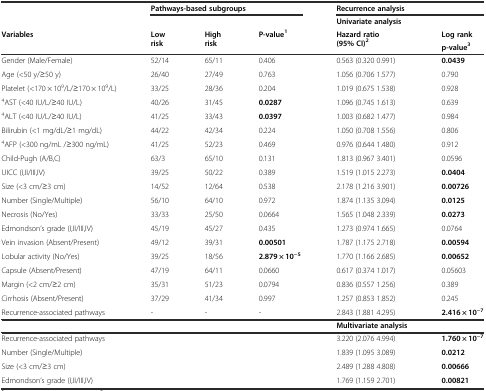
<table><thead><tr><td></td><td colspan="3"><b>Pathways-based subgroups</b></td><td colspan="2"><b>Recurrence analysis</b></td></tr><tr><td></td><td></td><td></td><td></td><td><b>Univariate analysis</b></td><td></td></tr><tr><td rowspan="2"><b>Variables</b></td><td rowspan="2"><b>Low risk</b></td><td rowspan="2"><b>High risk</b></td><td rowspan="2"><b>P-value<sup>1</sup></b></td><td rowspan="2"><b>Hazard ratio (95% CI)<sup>2</sup></b></td><td><b>Log rank</b></td></tr><tr><td><b>p-value<sup>3</sup></b></td></tr></thead><tbody><tr><td>Gender (Male/Female)</td><td>52/14</td><td>65/11</td><td>0.406</td><td>0.563 (0.320 0.991)</td><td><b>0.0439</b></td></tr><tr><td>Age (&lt;50 y/≥50 y)</td><td>26/40</td><td>27/49</td><td>0.763</td><td>1.056 (0.706 1.577)</td><td>0.790</td></tr><tr><td>Platelet (&lt;170 × 10<sup>9</sup>/L/≥170 × 10<sup>9</sup>/L)</td><td>33/25</td><td>28/36</td><td>0.204</td><td>1.019 (0.675 1.538)</td><td>0.928</td></tr><tr><td><sup>4</sup>AST (&lt;40 IU/L/≥40 IU/L)</td><td>40/26</td><td>31/45</td><td><b>0.0287</b></td><td>1.096 (0.745 1.613)</td><td>0.639</td></tr><tr><td><sup>4</sup>ALT (&lt;40 IU/L/≥40 IU/L)</td><td>41/25</td><td>33/43</td><td><b>0.0397</b></td><td>1.003 (0.682 1.477)</td><td>0.984</td></tr><tr><td>Bilirubin (&lt;1 mg/dL/≥1 mg/dL)</td><td>44/22</td><td>42/34</td><td>0.224</td><td>1.050 (0.708 1.556)</td><td>0.806</td></tr><tr><td><sup>4</sup>AFP (&lt;300 ng/mL /≥300 ng/mL)</td><td>41/25</td><td>52/23</td><td>0.469</td><td>0.976 (0.644 1.480)</td><td>0.912</td></tr><tr><td>Child-Pugh (A/B,C)</td><td>63/3</td><td>65/10</td><td>0.131</td><td>1.813 (0.967 3.401)</td><td>0.0596</td></tr><tr><td>UICC (I,II/III,IV)</td><td>39/25</td><td>50/22</td><td>0.389</td><td>1.519 (1.015 2.273)</td><td><b>0.0404</b></td></tr><tr><td>Size (&lt;3 cm/≥3 cm)</td><td>14/52</td><td>12/64</td><td>0.538</td><td>2.178 (1.216 3.901)</td><td><b>0.00726</b></td></tr><tr><td>Number (Single/Multiple)</td><td>56/10</td><td>64/10</td><td>0.972</td><td>1.874 (1.135 3.094)</td><td><b>0.0125</b></td></tr><tr><td>Necrosis (No/Yes)</td><td>33/33</td><td>25/50</td><td>0.0664</td><td>1.565 (1.048 2.339)</td><td><b>0.0273</b></td></tr><tr><td>Edmondson’s grade (I,II/III,IV)</td><td>45/19</td><td>45/27</td><td>0.435</td><td>1.273 (0.974 1.665)</td><td>0.0764</td></tr><tr><td>Vein invasion (Absent/Present)</td><td>49/12</td><td>39/31</td><td><b>0.00501</b></td><td>1.787 (1.175 2.718)</td><td><b>0.00594</b></td></tr><tr><td>Lobular activity (No/Yes)</td><td>39/25</td><td>18/56</td><td><b>2.879 × 10</b><sup><b>−5</b></sup></td><td>1.770 (1.166 2.685)</td><td><b>0.00652</b></td></tr><tr><td>Capsule (Absent/Present)</td><td>47/19</td><td>64/11</td><td>0.0660</td><td>0.617 (0.374 1.017)</td><td>0.05603</td></tr><tr><td>Margin (&lt;2 cm/≥2 cm)</td><td>35/31</td><td>51/23</td><td>0.0794</td><td>0.836 (0.557 1.256)</td><td>0.389</td></tr><tr><td>Cirrhosis (Absent/Present)</td><td>37/29</td><td>41/34</td><td>0.997</td><td>1.257 (0.853 1.852)</td><td>0.245</td></tr><tr><td>Recurrence-associated pathways</td><td>-</td><td>-</td><td>-</td><td>2.843 (1.881 4.295)</td><td><b>2.416 × 10</b><sup><b>−7</b></sup></td></tr><tr><td></td><td></td><td></td><td></td><td><b>Multivariate analysis</b></td><td></td></tr><tr><td>Recurrence-associated pathways</td><td></td><td></td><td></td><td>3.220 (2.076 4.994)</td><td><b>1.760 × 10</b><sup><b>−7</b></sup></td></tr><tr><td>Number (Single/Multiple)</td><td></td><td></td><td></td><td>1.839 (1.095 3.089)</td><td><b>0.0212</b></td></tr><tr><td>Size (&lt;3 cm/≥3 cm)</td><td></td><td></td><td></td><td>2.489 (1.288 4.808)</td><td><b>0.00666</b></td></tr><tr><td>Edmondson’s grade (I,II/III,IV)</td><td></td><td></td><td></td><td>1.769 (1.159 2.701)</td><td><b>0.00821</b></td></tr></tbody></table>